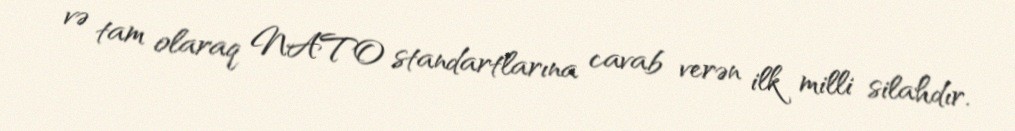
və tam olaraq NATO standartlarına cavab verən ilk milli silahdır.